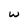
Character: w